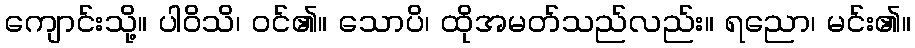
ကျောင်းသို့။ ပါဝိသိ၊ ဝင်၏။ သောပိ၊ ထိုအမတ်သည်လည်း။ ရညော၊ မင်း၏။